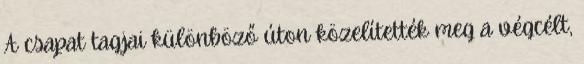
A csapat tagjai különböző úton közelítették meg a végcélt,